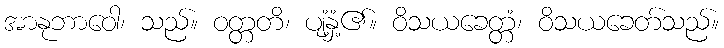
အာနုဘာဝေါ၊ သည်။ ဝတ္တတိ၊ ပျံ့နှံ့၏။ ဝိသယခေတ္တံ၊ ဝိသယခေတ်သည်။